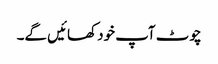
چوٹ آپ خود کھائیں گے۔